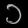
Digit: ၁